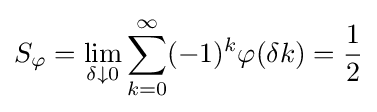
S_{\varphi }=\lim _{\delta \downarrow 0}\sum _{k=0}^{\infty }(-1)^{k}\varphi (\delta k)={\frac {1}{2}}